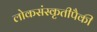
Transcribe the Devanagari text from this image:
लोकसंस्कृतीपैकी